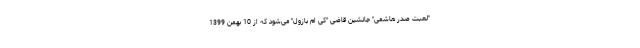
"لعبت صدر هاشمی" جانشین قاضی "کی ام بازول" می‌شود که از 10 بهمن 1399